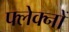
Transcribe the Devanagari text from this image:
फ्लेक्नों